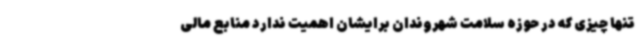
تنها چیزی که در حوزه سلامت شهروندان برایشان اهمیت ندارد منابع مالی